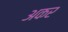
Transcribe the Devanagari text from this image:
अकर